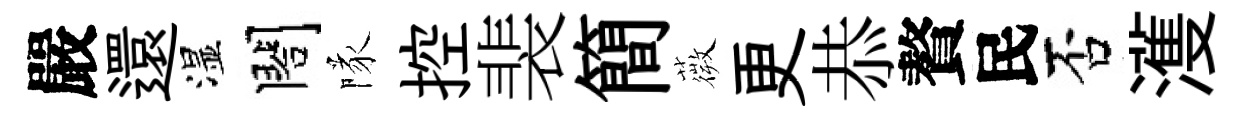
嚴還湿閤隊控裴簡薇更恭贅民否濩